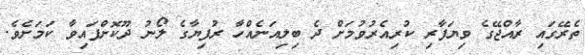
ތެރޭގައި ރާއްޖޭގެ ވިޔަފާރި ކުރިއެރުވުމަށް ދެ ބިލިއަނެއްހާ ރުފިޔާގެ ލޯނު ދޫކޮށްފައިވާ ކަމަށެވެ.